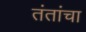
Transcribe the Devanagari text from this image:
तंतांचा